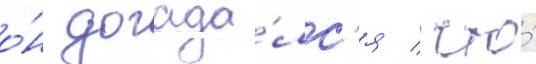
о́н догада́лс'я / что́